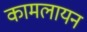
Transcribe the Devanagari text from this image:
कामलायन